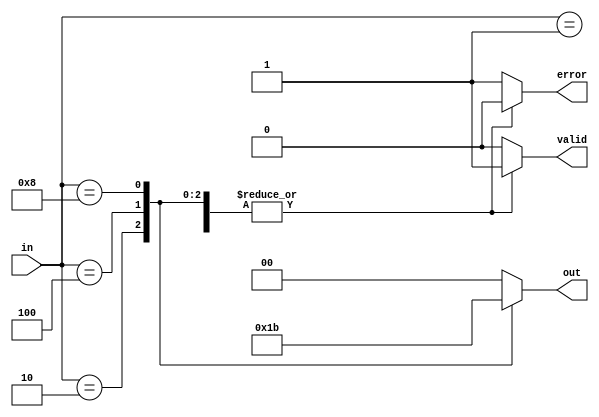
module multilevel_encoder (
    input wire [3:0] in,  // 4 input lines
    output reg [1:0] out, // 2 output lines 
    output reg valid,      // Signal to indicate valid encoding
    output reg error       // Signal for error state (multiple inputs active)
);

// Always block to determine output and valid/error signals
always @(*) begin
    // Default values
    out = 2'b00; // Default output
    valid = 1'b0; // Default valid signal
    error = 1'b0; // Default error signal

    // Check how many inputs are active
    case (in)
        4'b0001: begin out = 2'b00; valid = 1'b1; end // Input 0 active
        4'b0010: begin out = 2'b01; valid = 1'b1; end // Input 1 active
        4'b0100: begin out = 2'b10; valid = 1'b1; end // Input 2 active
        4'b1000: begin out = 2'b11; valid = 1'b1; end // Input 3 active
        default: begin
            error = 1'b1; // More than one input active or none
        end
    endcase
end

endmodule